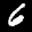
Label: 6